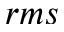
r m s